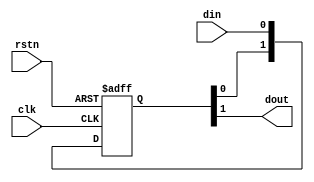

// sync2
module sync2 (
    input rstn, clk, din,
    output dout
);
// dly
reg [1:0] din_dly;
always @(posedge clk or negedge rstn)
    if (~rstn)
        din_dly <= 0;
    else
        din_dly <= {din_dly[0], din};
// output
assign dout = din_dly[1];

endmodule

// psync2
module psync2 (
    input srstn, sclk, sin,
    input drstn, dclk,
    output dout
);
// source toggle
reg stoggle;
always @(posedge sclk or negedge srstn)
    if (~srstn)
        stoggle <= 0;
    else if (sin)
        stoggle <= ~stoggle;
// cross clock domain
reg [2:0] stoggle_dly;
always @(posedge dclk or negedge drstn)
    if (~drstn)
        stoggle_dly <= 0;
    else
        stoggle_dly <= {stoggle_dly[1:0], stoggle};
// edge
assign dout = stoggle_dly[2] ^ stoggle_dly[1];

endmodule